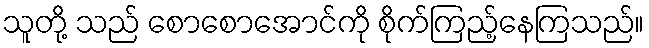
သူတို့ သည် စောစောအောင်ကို စိုက်ကြည့်နေကြသည်။